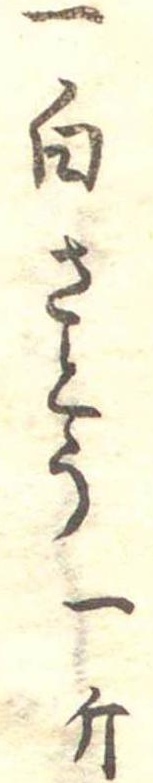
一白さとう一斤